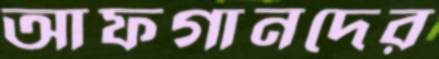
আফগানদের